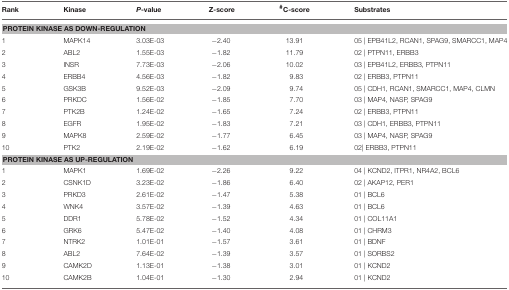
<table><thead><tr><td><b>Rank</b></td><td><b>Kinase</b></td><td><b><i>P</i>-value</b></td><td><b>Z-score</b></td><td><b><sup>#</sup>C-score</b></td><td><b>Substrates</b></td></tr></thead><tbody><tr><td colspan="6"><b>PROTEIN KINASE AS DOWN-REGULATION</b></td></tr><tr><td>1</td><td>MAPK14</td><td>3.03E-03</td><td>−2.40</td><td>13.91</td><td>05 | EPB41L2, RCAN1, SPAG9, SMARCC1, MAP4</td></tr><tr><td>2</td><td>ABL2</td><td>1.55E-03</td><td>−1.82</td><td>11.79</td><td>02 | PTPN11, ERBB3</td></tr><tr><td>3</td><td>INSR</td><td>7.73E-03</td><td>−2.06</td><td>10.02</td><td>03 | EPB41L2, ERBB3, PTPN11</td></tr><tr><td>4</td><td>ERBB4</td><td>4.56E-03</td><td>−1.82</td><td>9.83</td><td>02 | ERBB3, PTPN11</td></tr><tr><td>5</td><td>GSK3B</td><td>9.52E-03</td><td>−2.09</td><td>9.74</td><td>05 | CDH1, RCAN1, SMARCC1, MAP4, CLMN</td></tr><tr><td>6</td><td>PRKDC</td><td>1.56E-02</td><td>−1.85</td><td>7.70</td><td>03 | MAP4, NASP, SPAG9</td></tr><tr><td>7</td><td>PTK2B</td><td>1.24E-02</td><td>−1.65</td><td>7.24</td><td>02 | ERBB3, PTPN11</td></tr><tr><td>8</td><td>EGFR</td><td>1.95E-02</td><td>−1.83</td><td>7.21</td><td>03 | CDH1, ERBB3, PTPN11</td></tr><tr><td>9</td><td>MAPK8</td><td>2.59E-02</td><td>−1.77</td><td>6.45</td><td>03 | MAP4, NASP, SPAG9</td></tr><tr><td>10</td><td>PTK2</td><td>2.19E-02</td><td>−1.62</td><td>6.19</td><td>02| ERBB3, PTPN11</td></tr><tr><td colspan="6"><b>PROTEIN KINASE AS UP-REGULATION</b></td></tr><tr><td>1</td><td>MAPK1</td><td>1.69E-02</td><td>−2.26</td><td>9.22</td><td>04 | KCND2, ITPR1, NR4A2, BCL6</td></tr><tr><td>2</td><td>CSNK1D</td><td>3.23E-02</td><td>−1.86</td><td>6.40</td><td>02 | AKAP12, PER1</td></tr><tr><td>3</td><td>PRKD3</td><td>2.61E-02</td><td>−1.47</td><td>5.38</td><td>01 | BCL6</td></tr><tr><td>4</td><td>WNK4</td><td>3.57E-02</td><td>−1.39</td><td>4.63</td><td>01 | BCL6</td></tr><tr><td>5</td><td>DDR1</td><td>5.78E-02</td><td>−1.52</td><td>4.34</td><td>01 | COL11A1</td></tr><tr><td>6</td><td>GRK6</td><td>5.47E-02</td><td>−1.40</td><td>4.08</td><td>01 | CHRM3</td></tr><tr><td>7</td><td>NTRK2</td><td>1.01E-01</td><td>−1.57</td><td>3.61</td><td>01 | BDNF</td></tr><tr><td>8</td><td>ABL2</td><td>7.64E-02</td><td>−1.39</td><td>3.57</td><td>01 | SORBS2</td></tr><tr><td>9</td><td>CAMK2D</td><td>1.13E-01</td><td>−1.38</td><td>3.01</td><td>01 | KCND2</td></tr><tr><td>10</td><td>CAMK2B</td><td>1.04E-01</td><td>−1.30</td><td>2.94</td><td>01 | KCND2</td></tr></tbody></table>